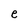
Character: e